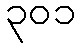
၃၀၁